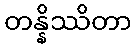
တန္နိဿိတာ